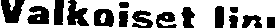
Valkoiset lin